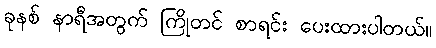
ခုနစ် နာရီအတွက် ကြိုတင် စာရင်း ပေးထားပါတယ်။